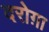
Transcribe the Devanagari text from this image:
दरोग़ा